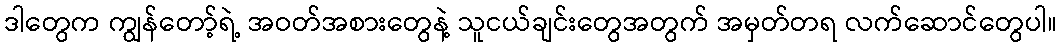
ဒါတွေက ကျွန်တော့်ရဲ့ အဝတ်အစားတွေနဲ့ သူငယ်ချင်းတွေအတွက် အမှတ်တရ လက်ဆောင်တွေပါ။